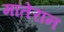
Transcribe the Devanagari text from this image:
मातेरान